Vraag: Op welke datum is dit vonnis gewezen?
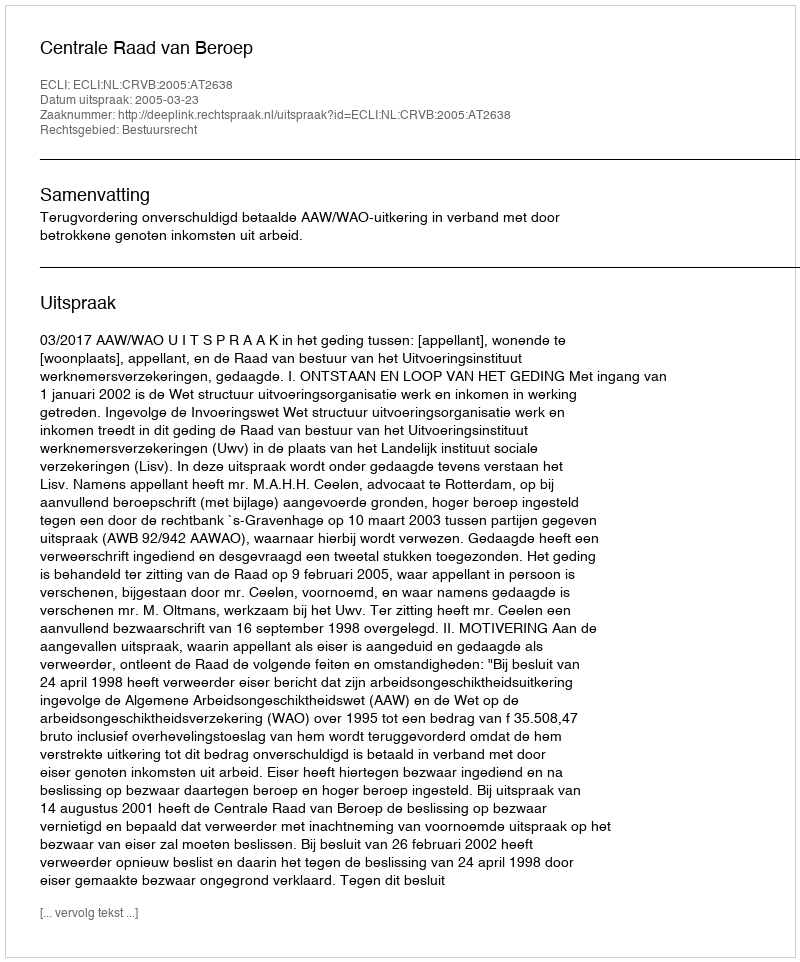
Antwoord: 2005-03-23